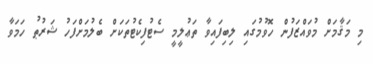
މި މަޤާމަށް މުވައްްޒަފުން ހޮވުމުގައި ލިބިފައިވާ ތަޢުލީމީ ސެޓުފިކެޓުތަަކަށް ބެލުމަށްފަހު ޝަރުޠު ހަމަވާ